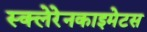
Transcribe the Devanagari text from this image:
स्क्लेरेनकाइमेटस